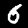
Digit: 6